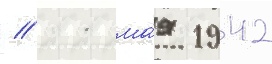
// 11 ма́я 1942